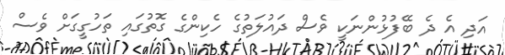
އަދި އެ ދެ ބޭފުޅުންނަކީ ވެސް ދައުލަތުގެ ހެކިންގެ ގޮތުގައި ތަހުގީގަށް ވެސް